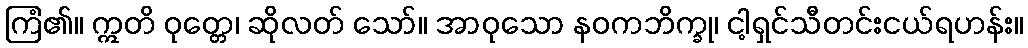
ကြံ၏။ ဣတိ ဝုတ္တေ၊ ဆိုလတ် သော်။ အာဝုသော နဝကဘိက္ခု၊ ငါ့ရှင်သီတင်းငယ်ရဟန်း။